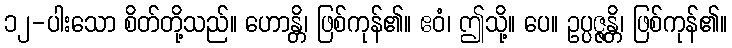
၁၂-ပါးသော စိတ်တို့သည်။ ဟောန္တိ၊ ဖြစ်ကုန်၏။ ဧဝံ၊ ဤသို့။ ပေ။ ဥပ္ပဇ္ဇန္တိ၊ ဖြစ်ကုန်၏။